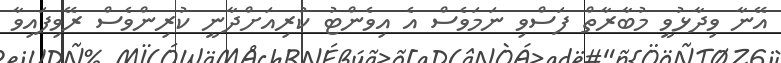
އޭނާ ވިދާޅުވީ މުބާރާތް ފަސްވި ނަމަވެސް އެ އިވެންޓު ކުރިއަށްދާނީ ކުރިންވެސް ރޭވިފައިވާ